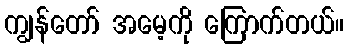
ကျွန်တော် အမေ့ကို ကြောက်တယ်။